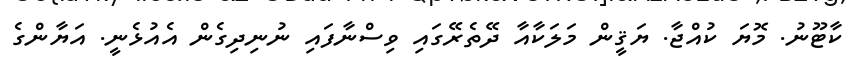
ކާޓޫނު. މޮޔަ ކުއްޖާ. ޔަޤީން މަލަކާއާ ދޭތެރޭގައި ވިސްނާފައި ނުނިދިގެން އެއުޅެނީ. އަޔާންގެ